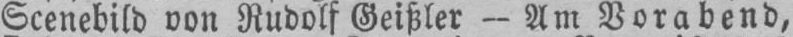
Scenebild von Rudolf Geißler - Am Vorabend,